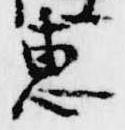
恵